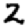
Digit: 2